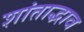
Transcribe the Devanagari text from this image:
शांताद्भाव